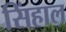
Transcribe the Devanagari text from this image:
सिंहाल